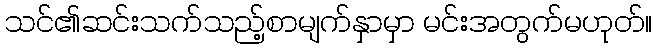
သင်၏ဆင်းသက်သည့်စာမျက်နှာမှာ မင်းအတွက်မဟုတ်။